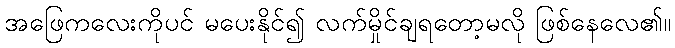
အဖြေကလေးကိုပင် မပေးနိုင်၍ လက်မှိုင်ချရတော့မလို ဖြစ်နေလေ၏။